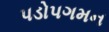
પડોપગમન